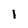
Character: I